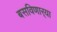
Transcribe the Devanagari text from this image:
बसविणार्‍या